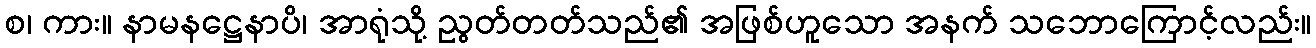
စ၊ ကား။ နာမနဋ္ဌေနာပိ၊ အာရုံသို့ ညွတ်တတ်သည်၏ အဖြစ်ဟူသော အနက် သဘောကြောင့်လည်း။